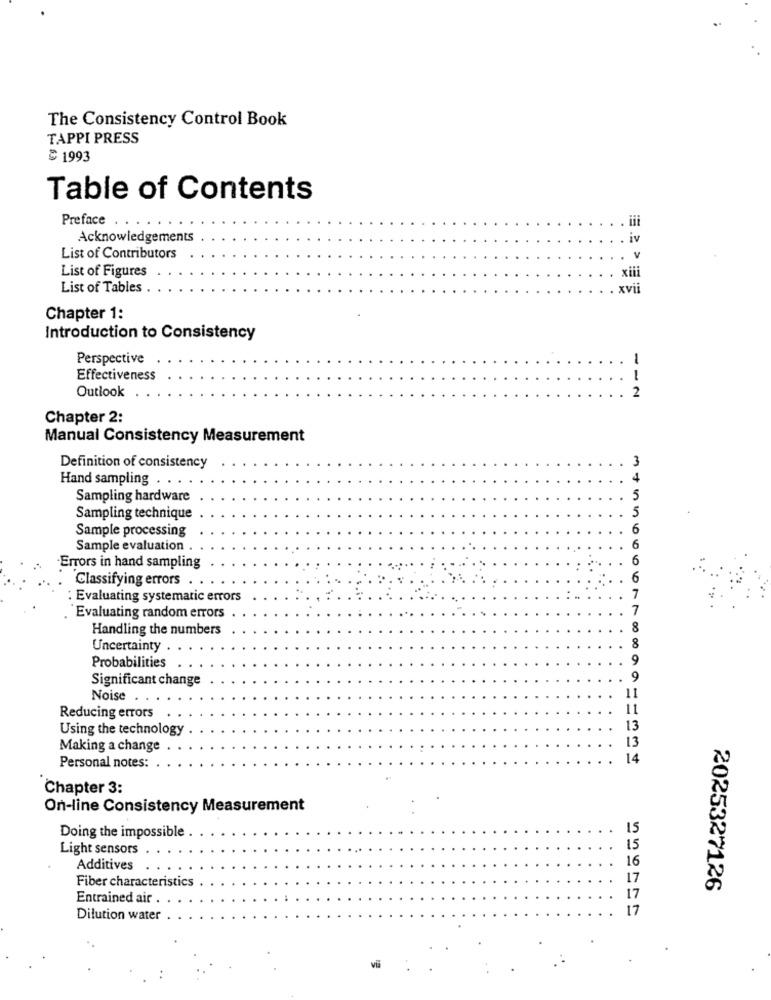
The Consistency Control Book
TAPPI PRESS
≥ 1993
Table of Contents
Preface
Acknowledgements
List of Contributors
V
List of Figures
xiii
List of Tables
xvii
Chapter 1:
Introduction to Consistency
Perspective
-
Effectiveness
Outlook
2
Chapter 2:
Manual Consistency Measurement
Definition of consistency
Hand sampling
4
Sampling hardware
5
5
Sampling technique
Sample processing
6
Sample evaluation
6
6
Errors in hand sampling
Classifying errors
6
Evaluating systematic errors
7
7
Evaluating random errors
Handling the numbers
8
Uncertainty ..
8
9
Probabilities
Significant change
Noise
11
Reducing errors
Using the technology
13
Making a change
13
14
Personal notes:
Chapter 3:
On-line Consistency Measurement
15
Doing the impossible
Light sensors
15
16
Additives
17
Fiber characteristics
2025327126
Entrained air .
17
Dilution water